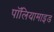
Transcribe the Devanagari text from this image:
पॉलियामाइड